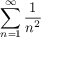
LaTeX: \sum _ { n = 1 } ^ { \infty } { \frac { 1 } { n ^ { 2 } } }